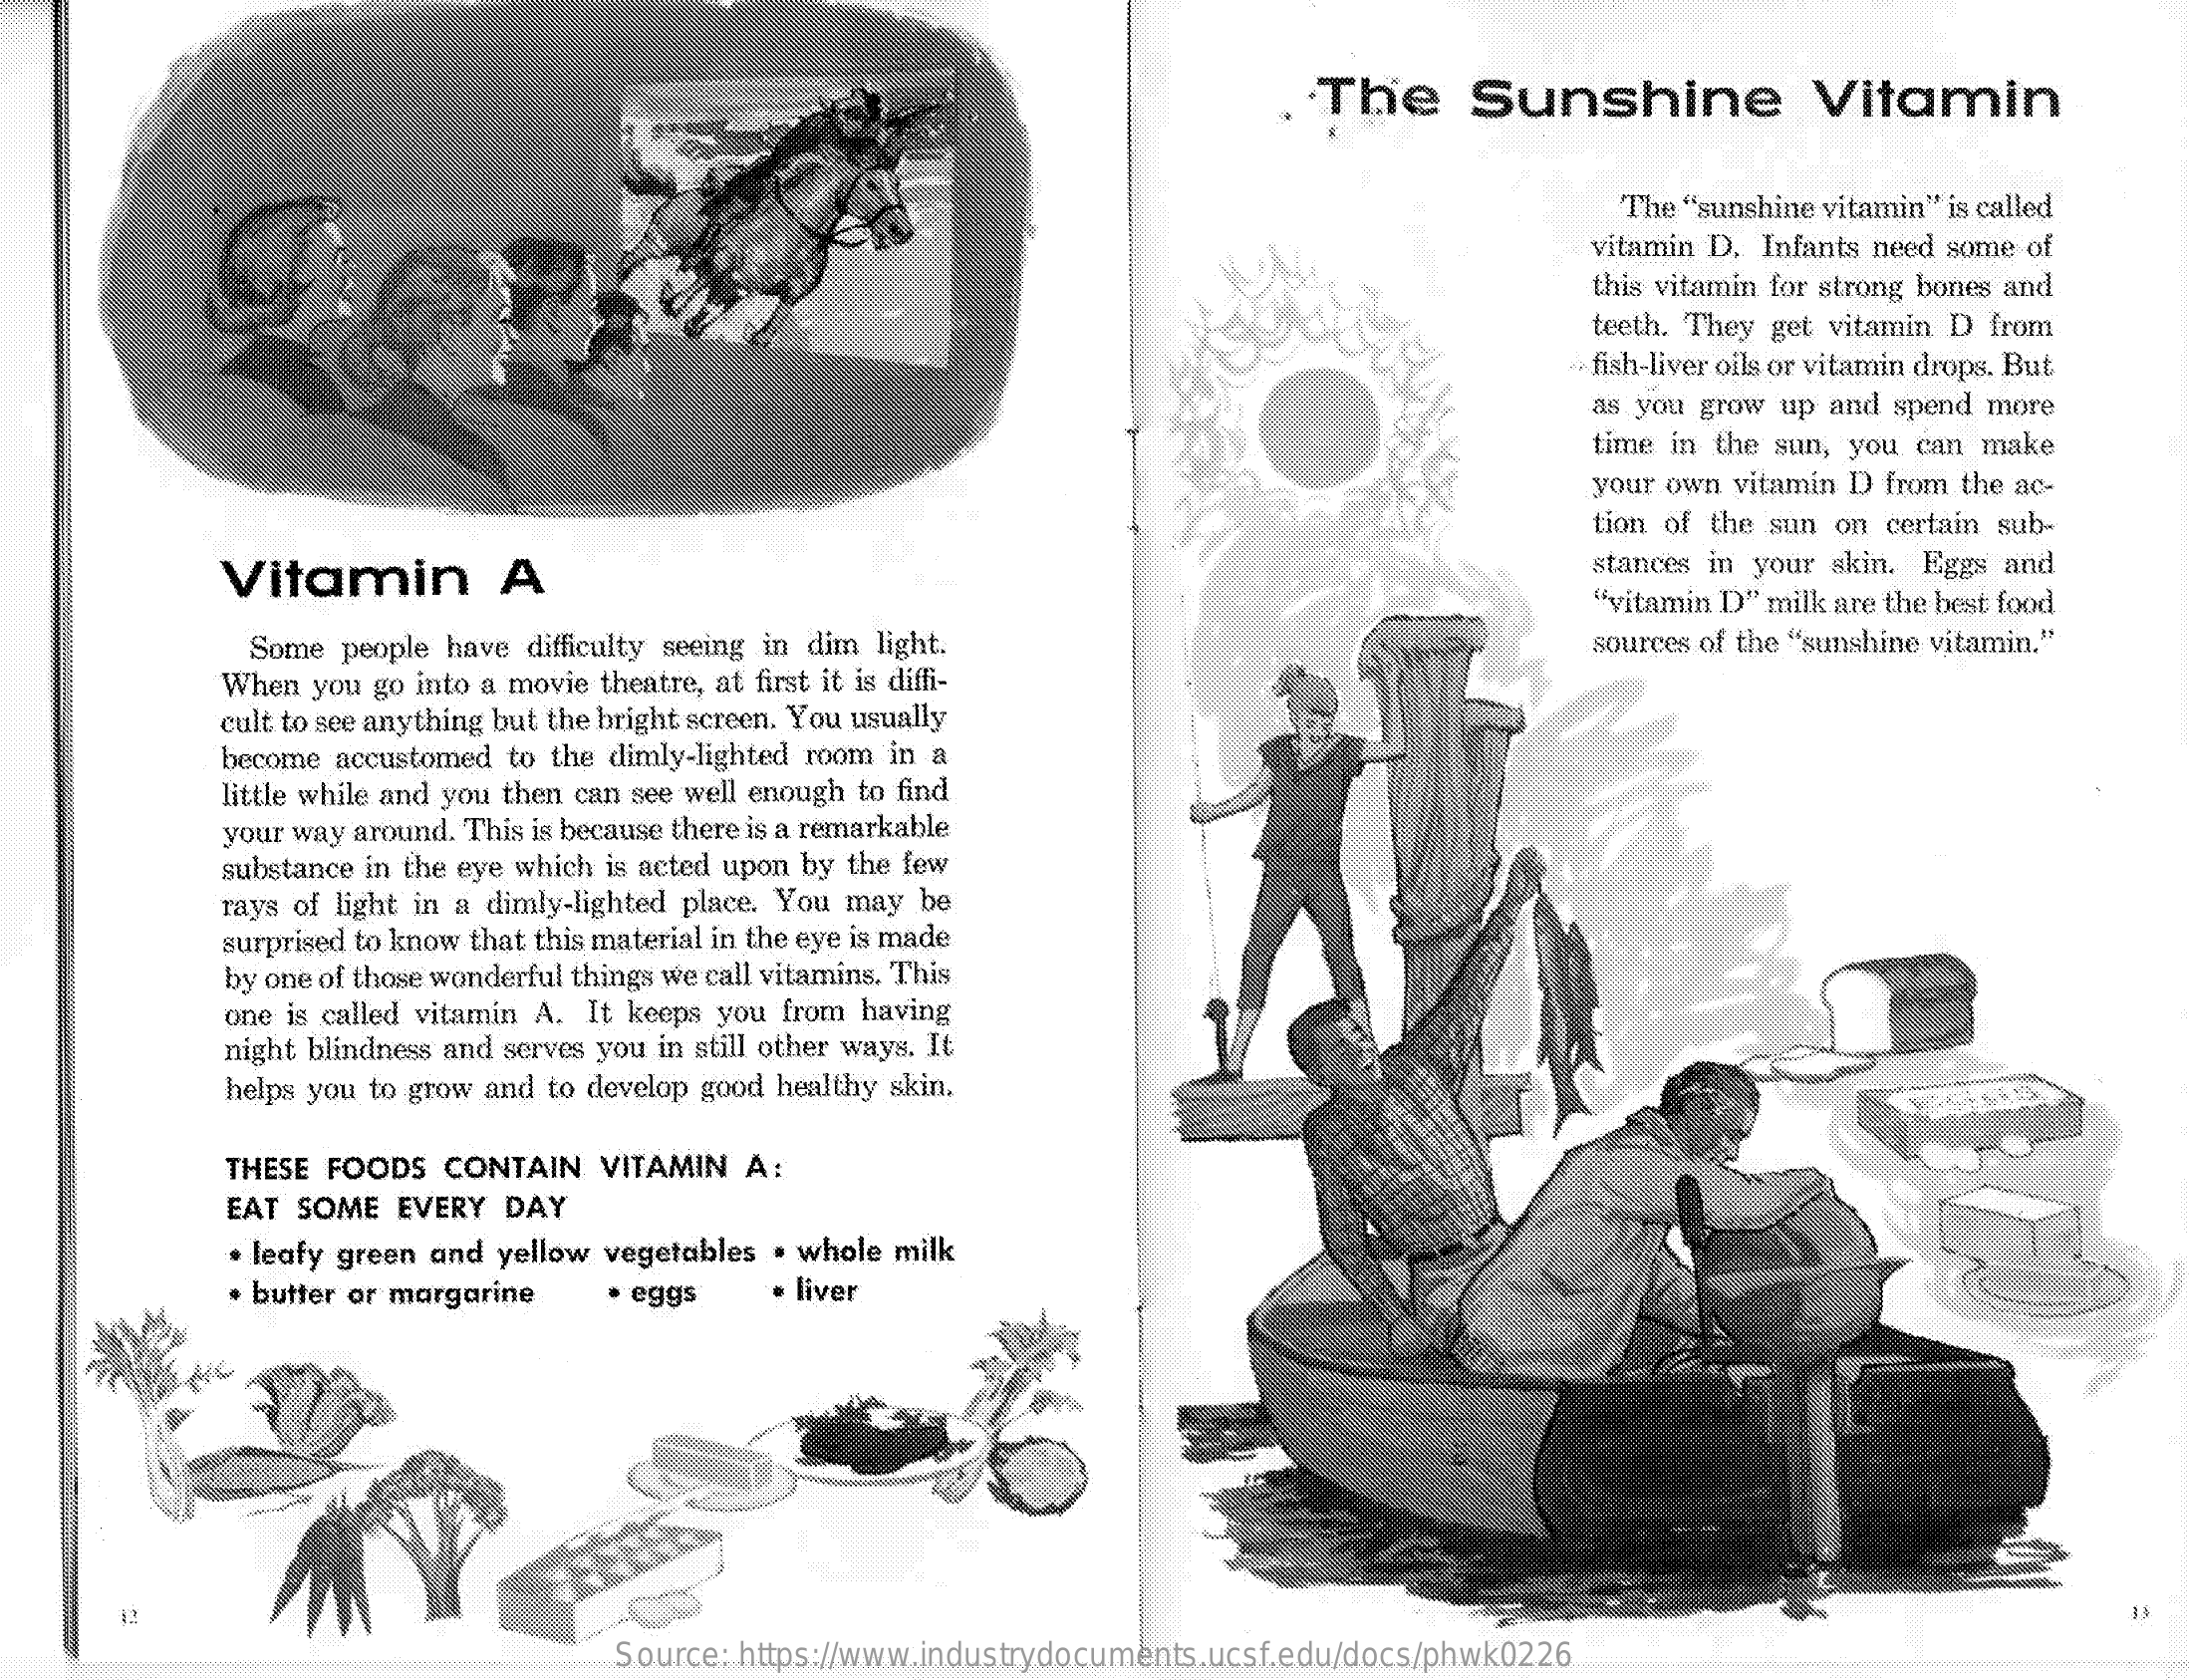
The   Sunshine    Vitamin
     The "sunshine vitamin" is called
     vitamin D. Infants need some of
     this vitamin for strong bones and
     teeth. They get vitamin D from
     fish-liver oils or vitamin drops. But
     as you grow up and spend more
     time in the sun, you can make
     your own vitamin D from the ac-
     tion of the sun on certain sub-
     Vitamin    A    stances in your skin. Eggs and
     "vitamin D" milk are the best food
     Some people have difficulty seeing in dim light.    sources of the "sunshine vitamin."
     When you go into a movie theatre, at first it is diffi-
     cult to see anything but the bright screen. You usually
     become accustomed to the dimly-lighted room in a
     little while and you then can see well enough to find
     your way around. This is because there is a remarkable
     substance in the eye which is acted upon by the few
     rays of light in a dimly-lighted place. You may be
     surprised to know that this material in the eye is made
     by one of those wonderful things we call vitamins. This
     one is called vitamin A. It keeps you from having
     night blindness and serves you in still other ways. It
     helps you to grow and to develop good healthy skin.
     THESE FOODS CONTAIN VITAMIN A:
     EAT SOME EVERY DAY
     . leafy green and yellow vegetables . whole milk
     · butter or margarine · eggs liver
     Source: https://www.industrydocuments.ucsf.edu/docs/phwk0226